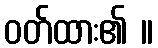
ဝတ်ထား၏ ။